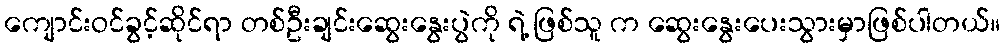
ကျောင်းဝင်ခွင့်ဆိုင်ရာ တစ်ဦးချင်းဆွေးနွေးပွဲကို ရဲ့ ဖြစ်သူ က ဆွေးနွေးပေးသွားမှာဖြစ်ပါတယ်။